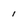
Character: 1